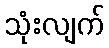
သုံးလျက်